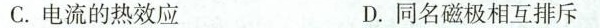
C.电流的热效应 D.同名磁极相互排斥